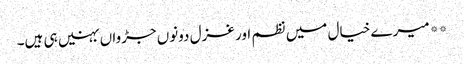
**میرے خیال میں نظم اور غزل دونوں جڑواں بہنیں ہی ہیں۔